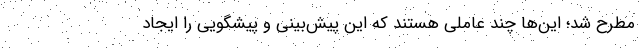
مطرح شد؛ این‌ها چند عاملی هستند که این پیش‌بینی و پیشگویی را ایجاد